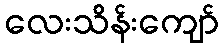
လေးသိန်းကျော်